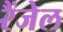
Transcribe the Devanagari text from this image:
रैंजेल